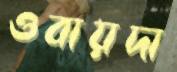
ওবায়দা